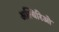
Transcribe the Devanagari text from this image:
अल्बिरिओ